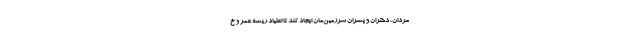
مردان، دختران و پسران سرزمین‌مان ایجاد کند تا اعتیاد ریشه عمر و خ